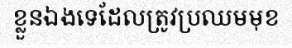
ខ្លួនឯងទេដែលត្រូវប្រឈមមុខ